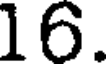
16.